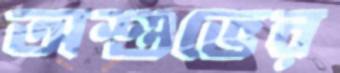
অশুভের